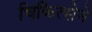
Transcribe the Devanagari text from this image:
चिकित्सेने